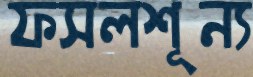
ফসলশূন্য